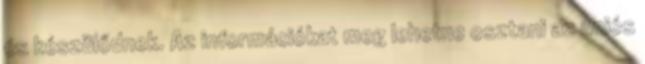
és készülődnek. Az információkat meg lehetne osztani az uniós